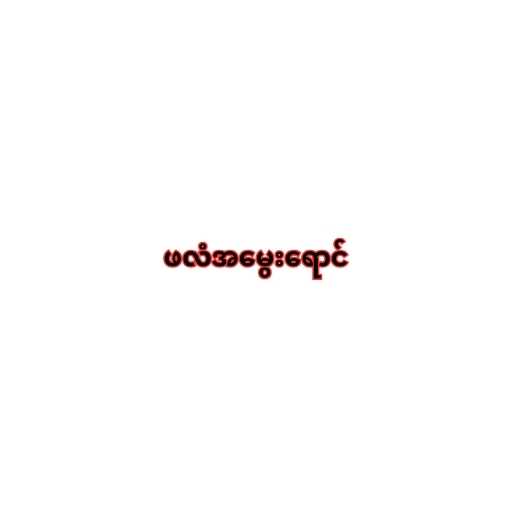
ဖလံအမွေးရောင်